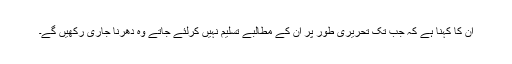
ان کا کہنا ہے کہ جب تک تحریری طور پر ان کے مطالبے تسلیم نہیں کرلئے جاتے وہ دھرنا جاری رکھیں گے۔